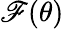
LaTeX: \mathscr{F}(\theta)